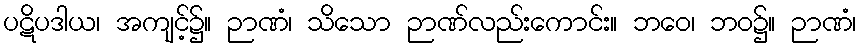
ပဋိပဒါယ၊ အကျင့်၌။ ဉာဏံ၊ သိသော ဉာဏ်လည်းကောင်း။ ဘဝေ၊ ဘဝ၌။ ဉာဏံ၊